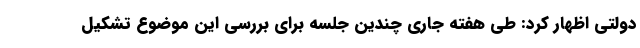
دولتی اظهار کرد: طی هفته جاری چندین جلسه برای بررسی این موضوع تشکیل